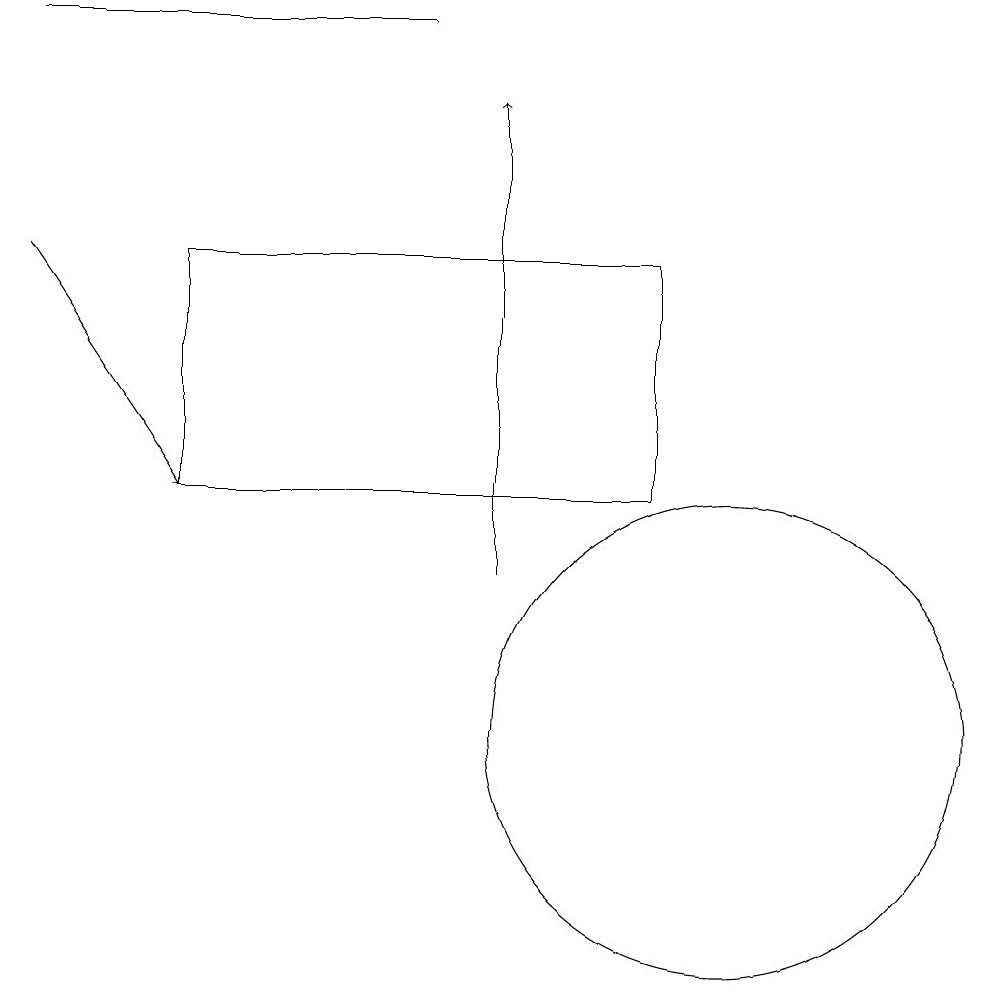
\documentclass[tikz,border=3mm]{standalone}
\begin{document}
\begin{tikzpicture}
\draw[->] (7,12) -- (7,18);
\draw[->] (1,16) -- (3,13);
\draw (9,13) rectangle (3,16);
\draw (1,19) rectangle (6,19);
\draw (10,10) circle (3);
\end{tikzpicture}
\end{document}